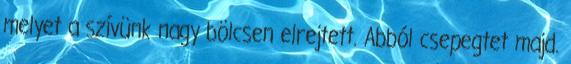
melyet a szívünk nagy bölcsen elrejtett. Abból csepegtet majd.